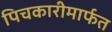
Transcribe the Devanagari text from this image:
पिचकारीमार्फत